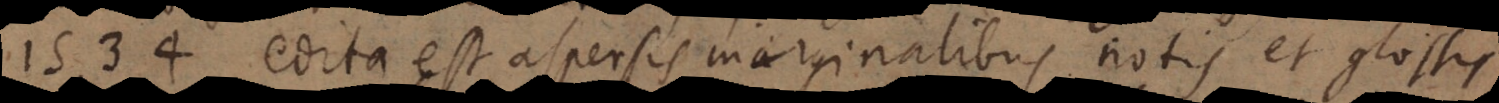
1534 edita est aspersis marginalibus notis et glossis